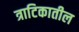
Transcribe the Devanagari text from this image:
त्राटिकातील